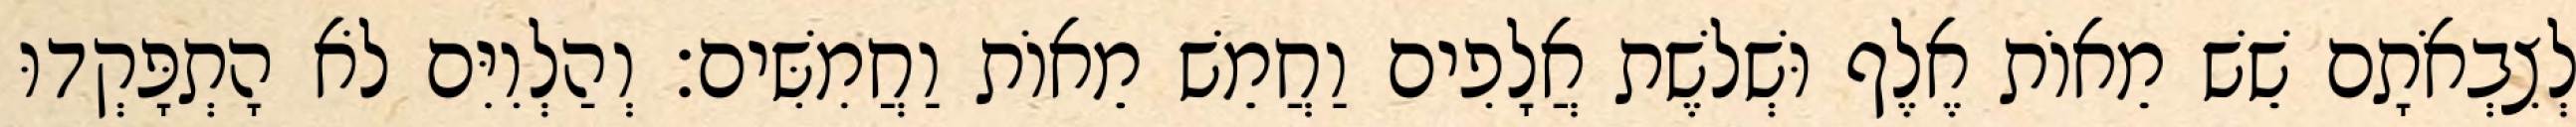
לְצִבְאֹתָם שֵׁשׁ מֵאוֹת אֶלֶף וּשְׁלשֶׁת אֲלָפִים וַחֲמֵשׁ מֵאוֹת וַחֲמִשִּׁים׃ וְהַלְוִיִּם לֹא הָתְפָּקְדוּ